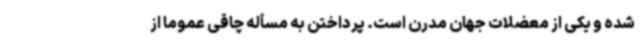
شده و یکی از معضلات جهان مدرن است. پرداختن به مسأله چاقی عموماً از